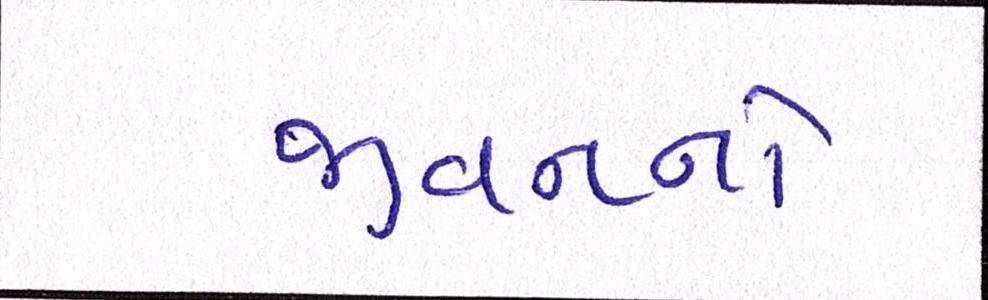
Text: જીવનનો